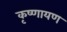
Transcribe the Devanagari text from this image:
कृष्णायण